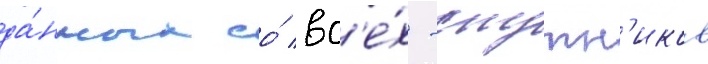
да́нных со́ вс'е́х -спутн'иков